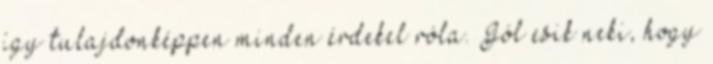
így tulajdonképpen minden érdekel róla. Jól esik neki, hogy